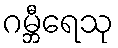
ဂမ္ဘီရေသု